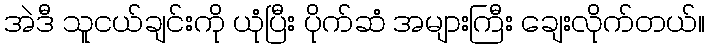
အဲဒီ သူငယ်ချင်းကို ယုံပြီး ပိုက်ဆံ အများကြီး ချေးလိုက်တယ်။